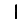
Digit: 1